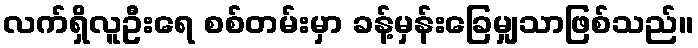
လက်ရှိလူဦးရေ စစ်တမ်းမှာ ခန့်မှန်းခြေမျှသာဖြစ်သည်။